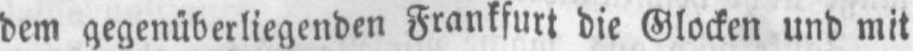
dem gegenüberliegenden Frankfurt die Glocken und mit